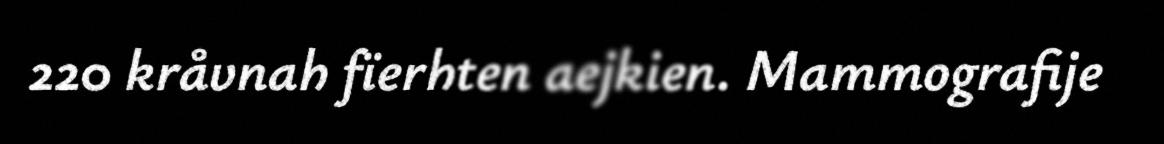
220 kråvnah fïerhten aejkien. Mammografije